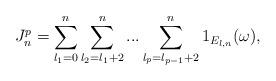
LaTeX: \begin{align*}J_n^p=\sum_{l_1=0}^{n} \sum_{l_2=l_1+2}^{n}...\sum_{l_p=l_{p-1}+2}^n 1_{E_{l,n}}(\omega), \end{align*}